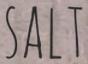
SALT